Scottish Certificate of Education, 1963
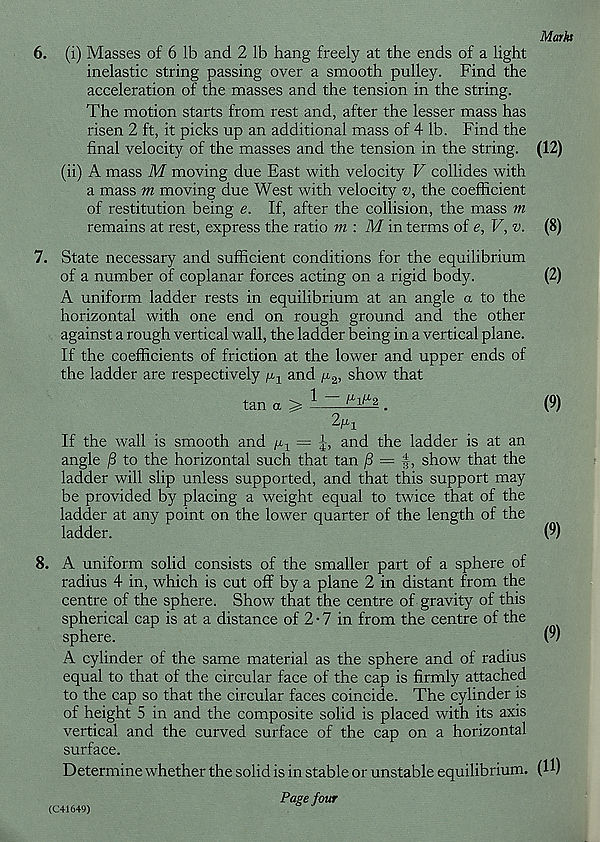
Marks
6. (i) Masses of 6 lb and 2 lb hang freely at the ends of a light
inelastic string passing over a smooth pulley. Find the
acceleration of the masses and the tension in the string.
The motion starts from rest and, after the lesser mass has
risen 2 ft, it picks up an additional mass of 4 lb. Find the
final velocity of the masses and the tension in the string. (12)
(ii) A mass M moving due East with velocity V collides with
a mass m moving due West with velocity v, the coefficient
of restitution being e. If, after the collision, the mass m
remains at rest, express the ratio ?n : M in terms of e, V, v. (8)
7. State necessary and sufficient conditions for the equilibrium
of a number of coplanar forces acting on a rigid body.
(2)
A uniform ladder rests in equilibrium at an angle a to the
horizontal with one end on rough ground and the other
against a rough vertical wall, the ladder being in a vertical plane.
If the coefficients of friction at the lower and upper ends of
the ladder are respectively /x-, and ^2, show that
tan a >
.
(9)
2^1
If the wall is smooth and /x x = J, and the ladder is at an
angle /3 to the horizontal such that tan /3 == -|, show that the
ladder will slip unless supported, and that this support may
be provided by placing a weight equal to twice that of the
ladder at any point on the lower quarter of the length of the
ladder.
(9)
8. A uniform solid consists of the smaller part of a sphere of
radius 4 in, which is cut off by a plane 2 in distant from the
centre of the sphere. Show that the centre of gravity of this
spherical cap is at a distance of 2 • 7 in from the centre of the
sphere.
(u
A cylinder of the same material as the sphere and of radius
equal to that of the circular face of the cap is firmly attached
to the cap so that the circular faces coincide. The cylinder is
of height 5 in and the composite solid is placed with its axis
vertical and the curved surface of the cap on a horizontal
surface.
Determine whether the solid is in stable or unstable equilibrium. (H)
Page four
(C41649)